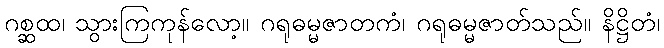
ဂစ္ဆထ၊ သွားကြကုန်လော့။ ဂရုဓမ္မဇာတကံ၊ ဂရုဓမ္မဇာတ်သည်။ နိဋ္ဌိတံ၊